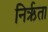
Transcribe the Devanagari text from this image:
निर्ऋता